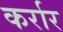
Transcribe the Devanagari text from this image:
कर्रार